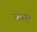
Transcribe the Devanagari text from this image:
फाए